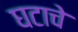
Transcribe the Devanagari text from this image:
घटाचे